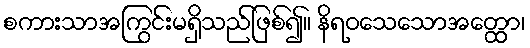
စကားသာအကြွင်းမရှိသည်ဖြစ်၍။ နိရဝသေသောအတ္ထော၊